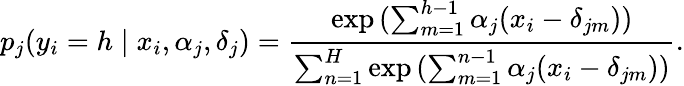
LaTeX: p_{j}(y_{i}=h\mid x_{i},\alpha_{j},\delta_{j})=\frac{\exp{(\sum_{m=1}^{h-1}\alpha_{j}(x_{i}-\delta_{jm}))}}{\sum_{n=1}^{H}\exp{(\sum_{m=1}^{n-1}\alpha_{j}(x_{i}-\delta_{jm}))}}.